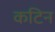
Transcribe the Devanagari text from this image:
कटिन